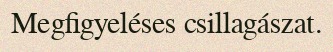
Megfigyeléses csillagászat.